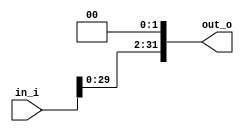
module Shift_left3232
(
	in_i,
	out_o
);
input	[31:0]	in_i;
output	[31:0]	out_o;

assign out_o = (in_i<<2);
endmodule